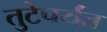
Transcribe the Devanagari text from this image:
तुटेपर्यंत